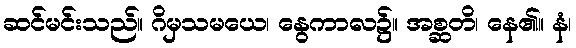
ဆင်မင်းသည်။ ဂိမှသမယေ၊ နွေကာလ၌။ အစ္ဆတိ၊ နေ၏။ နံ၊